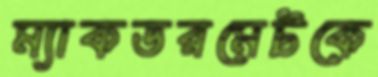
ম্যাকডরমেটকে